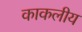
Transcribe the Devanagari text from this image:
काकलीय